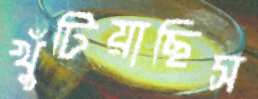
খুঁটিয়াছিস